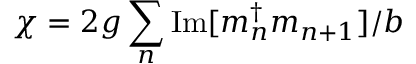
\chi = 2 g \sum _ { n } \mathrm { I m [ } m _ { n } ^ { \dagger } m _ { n + 1 } ] / b